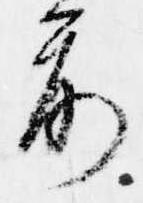
前